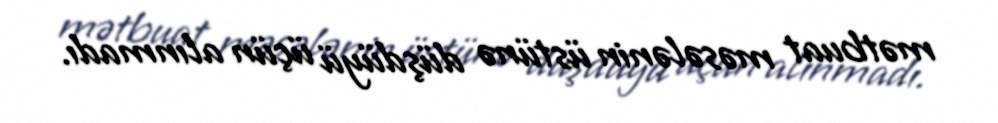
mətbuat məsələnin üstünə düşdüyü üçün alınmadı.